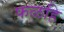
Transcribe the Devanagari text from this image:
फळहि